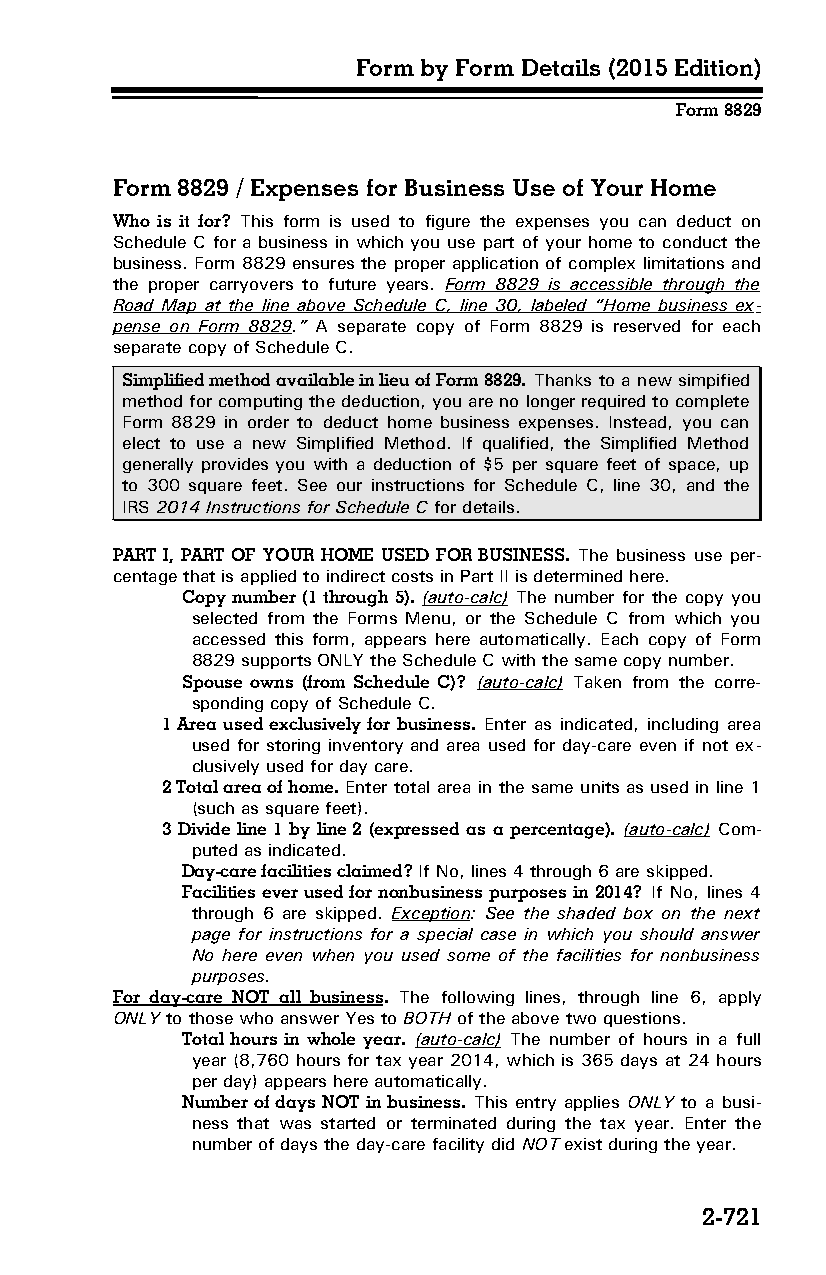
Form by Form Details (2015 Edition)
 Form 8829
 Form 8829 / Expenses for Business Use of Your Home
 Who is it for? This form is used to figure the expenses you can deduct on
 Schedule C for a business in which you use part of your home to conduct the
 business. Form 8829 ensures the proper application of complex limitations and
 the proper carryovers to future years. Form 8829 is accessible through the
 Road Map at the line above Schedule C, line 30, labeled “Home business ex­
 pense on Form 8829.” A separate copy of Form 8829 is reserved for each
 separate copy of Schedule C.
 Simplified method available in lieu of Form 8829. Thanks to a new simpified
 method for computing the deduction, you are no longer required to complete
 Form 8829 in order to deduct home business expenses. Instead, you can
 elect to use a new Simplified Method. If qualified, the Simplified Method
 generally provides you with a deduction of $5 per square feet of space, up
 to 300 square feet. See our instructions for Schedule C, line 30, and the
 IRS 2014 Instructions for Schedule C for details.
 PART I, PART OF YOUR HOME USED FOR BUSINESS. The business use per­
 centage that is applied to indirect costs in Part II is determined here.
 Copy number (1 through 5). (auto-calc) The number for the copy you
 selected from the Forms Menu, or the Schedule C from which you
 accessed this form, appears here automatically. Each copy of Form
 8829 supports ONLY the Schedule C with the same copy number.
 Spouse owns (from Schedule C)? (auto-calc) Taken from the corre­
 sponding copy of Schedule C.
 1 Area used exclusively for business. Enter as indicated, including area
 used for storing inventory and area used for day-care even if not ex­
 clusively used for day care.
 2 Total area of home. Enter total area in the same units as used in line 1
 (such as square feet).
 3 Divide line 1 by line 2 (expressed as a percentage). (auto-calc) Com­
 puted as indicated.
 Day-care facilities claimed? If No, lines 4 through 6 are skipped.
 Facilities ever used for nonbusiness purposes in 2014? If No, lines 4
 through 6 are skipped. Exception: See the shaded box on the next
 page for instructions for a special case in which you should answer
 No here even when you used some of the facilities for nonbusiness
 purposes.
 For day-care NOT all business. The following lines, through line 6, apply
 ONLY to those who answer Yes to BOTH of the above two questions.
 Total hours in whole year. (auto-calc) The number of hours in a full
 year (8,760 hours for tax year 2014, which is 365 days at 24 hours
 per day) appears here automatically.
 Number of days NOT in business. This entry applies ONLY to a busi­
 ness that was started or terminated during the tax year. Enter the
 number of days the day-care facility did NOT exist during the year.
 2-721